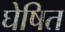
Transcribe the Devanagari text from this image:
घेषित